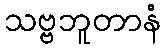
သဗ္ဗဘူတာနံ